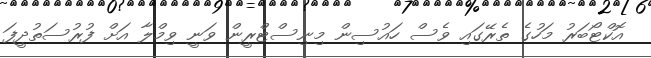
އޮކްޓޯބަރު މަހުގެ ތެރޭގައި ވެސް ހައުސިން މިނިސްޓްރީން ވަނީ ވިމްލާ އަށް ފުރުސަތުދީފަ